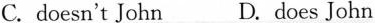
C. doesn't John D. does John